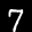
Label: 7